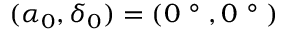
( \alpha _ { 0 } , \delta _ { 0 } ) = ( 0 \mathrm { ~ \textdegree ~ } , 0 \mathrm { ~ \textdegree ~ } )